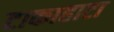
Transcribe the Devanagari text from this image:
टाकाहाटा